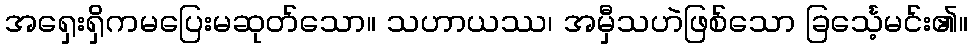
အရှေးရှိကမပြေးမဆုတ်သော။ သဟာယဿ၊ အမှီသဟဲဖြစ်သော ခြင်္သေ့မင်း၏။